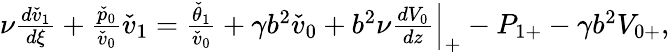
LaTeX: \begin{array}{r}{\nu\frac{d\check{v}_{1}}{d\xi}+\frac{\check{p}_{0}}{\check{v}_{0}}\check{v}_{1}=\frac{\check{\theta}_{1}}{\check{v}_{0}}+\gamma b^{2}\check{v}_{0}+b^{2}\nu\frac{dV_{0}}{dz}\Big|_{+}-P_{1+}-\gamma b^{2}V_{0+},}\end{array}